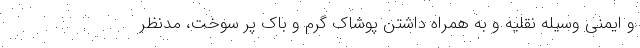
و ایمنی وسیله نقلیه و به همراه داشتن پوشاک گرم و باک پر سوخت، مدنظر